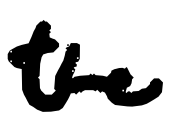
Text: the
Cross-out: clean
Writing tool: digital_black